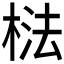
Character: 𱣰